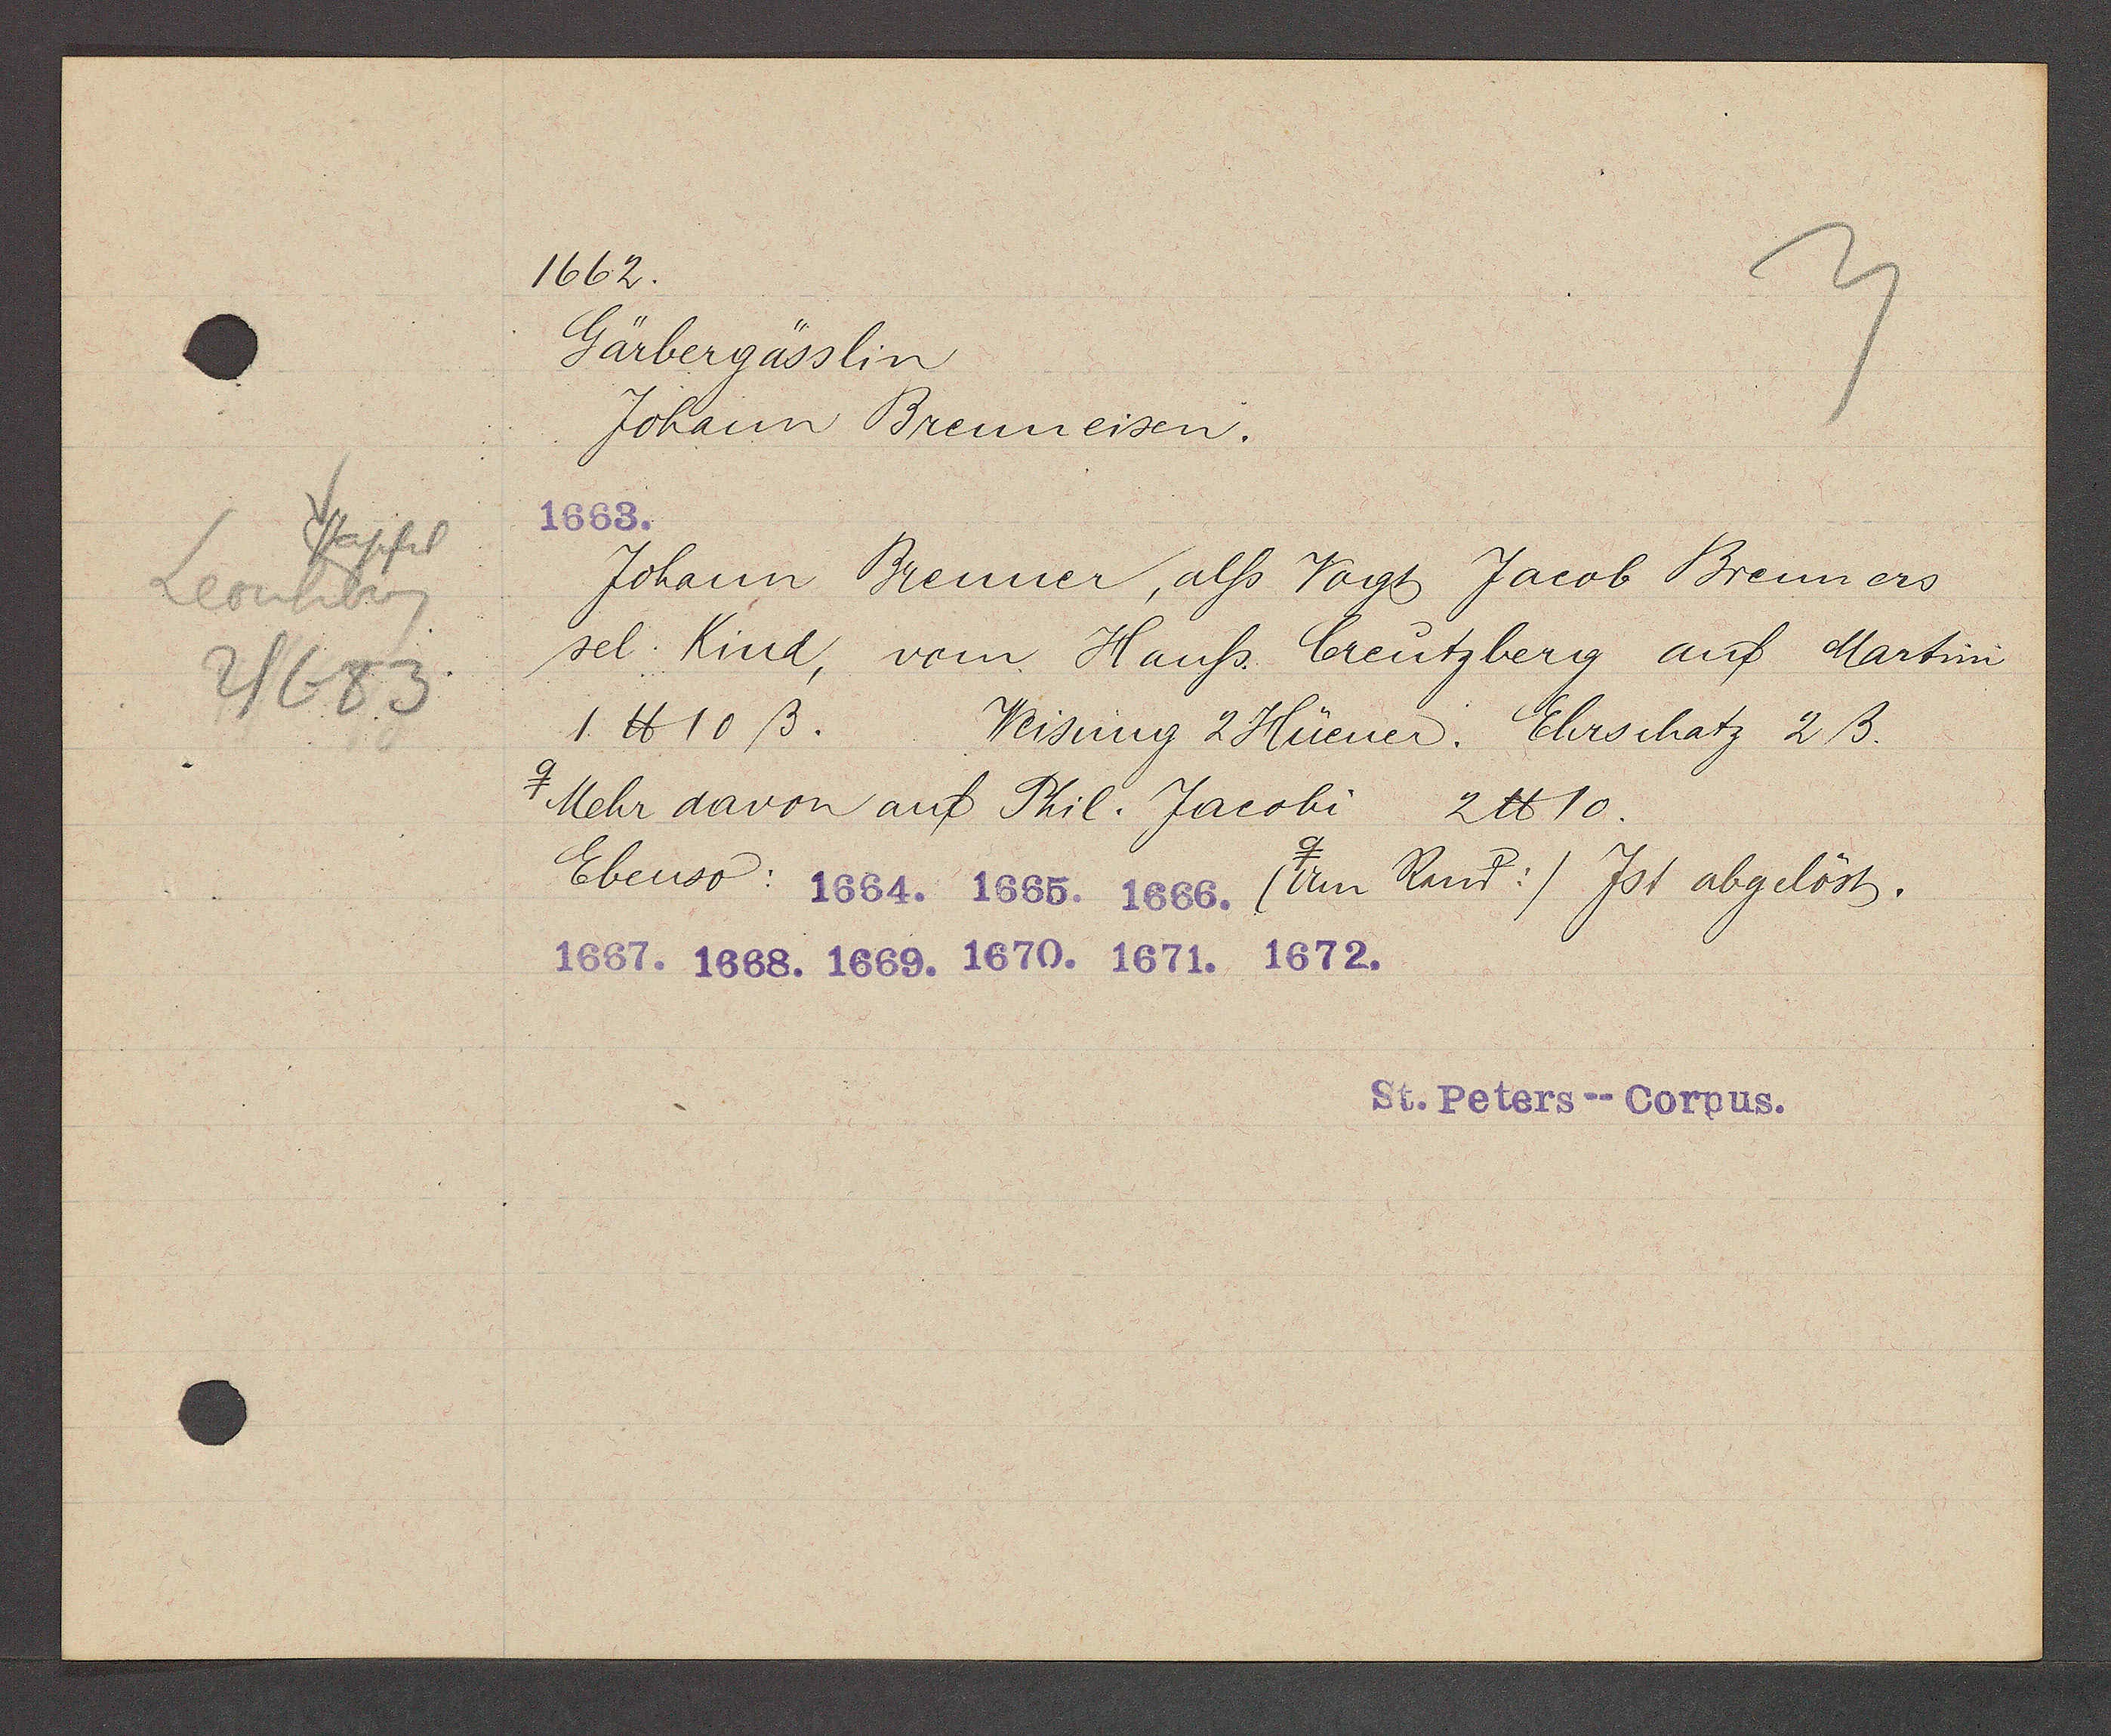
Transcript:
stapfel
Leonhberg
2/683

1662.

Gärbergässlin
Johann Brenneisen.
1663.
Johann Brenner, alss Vogt Jacob Brenners
sel. Kind, vom Hauss Creutzberg auf Martini
1 ℔ 10 ß.
Weisung 2 Hüener. Ehrschatz 2 ß.
Mehr davon auf Phil. Jacobi 2 ℔ 10.
Ebenso: 1665. 1665. 1666. (Am Rant:) Jst abgelöst.
1667. 1668. 1669. 1670. 1671. 1672.

St. Peters--Corpus.